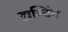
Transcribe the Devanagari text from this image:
हाल्टिंग